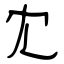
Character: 冘